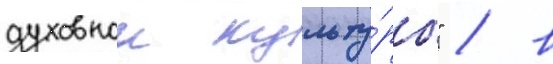
духовнои культу́ры" / в